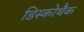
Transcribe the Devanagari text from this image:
डिस्कोथैक